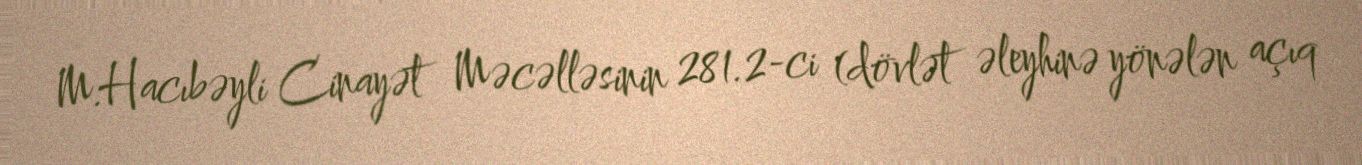
M.Hacıbəyli Cinayət Məcəlləsinin 281.2-ci (dövlət əleyhinə yönələn açıq